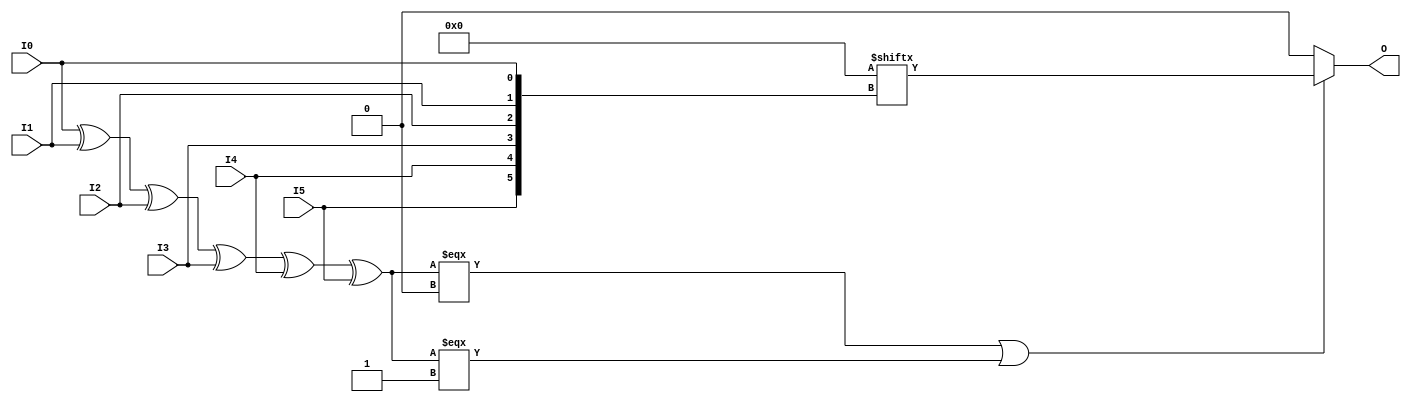
///////////////////////////////////////////////////////////////////////////////
// Copyright (c) 1995/2016 Xilinx, Inc.
// All Right Reserved.
///////////////////////////////////////////////////////////////////////////////
//   ____  ____
//  /   /\/   /
// /___/  \  /    Vendor      : Xilinx
// \   \   \/     Version     : 2017.1
//  \   \         Description : Xilinx Unified Simulation Library Component
//  /   /                  6-Bit Look-Up Table
// /___/   /\     Filename : LUT6.v
// \   \  /  \
//  \___\/\___\
//
///////////////////////////////////////////////////////////////////////////////
//  Revision:
//    03/23/04 - Initial version.
//    02/04/05 - Replace primitive with function; Remove buf.
//    01/07/06 - 222733 - Add LOC Parameter
//    06/04/07 - Add wire declaration to internal signal.
//    12/13/11 - 524859 - Added `celldefine and `endcelldefine
//    09/12/16 - ANSI ports, speed improvements
//  End Revision:
///////////////////////////////////////////////////////////////////////////////

`timescale 1 ps/1 ps

`celldefine

module LUT6 #(
`ifdef XIL_TIMING
  parameter LOC = "UNPLACED",
`endif
  parameter [63:0] INIT = 64'h0000000000000000
)(
  output O,

  input I0,
  input I1,
  input I2,
  input I3,
  input I4,
  input I5
);

// define constants
  localparam MODULE_NAME = "LUT6";

  reg trig_attr = 1'b0;
// include dynamic registers - XILINX test only
`ifdef XIL_DR
  `include "LUT6_dr.v"
`else
  reg [63:0] INIT_REG = INIT;
`endif

// begin behavioral model

  reg O_out;

  assign O = O_out;

  function lut_mux8_f;
  input [7:0] d;
  input [2:0] s;
  begin
    if (((s[2]^s[1]^s[0]) === 1'b1) || ((s[2]^s[1]^s[0]) === 1'b0))
      lut_mux8_f = d[s];
    else if ( ~(|d) || &d)
      lut_mux8_f = d[0];
    else if ((((s[1]^s[0]) === 1'b1) || ((s[1]^s[0]) === 1'b0)) &&
             (d[{1'b0,s[1:0]}] === d[{1'b1,s[1:0]}]))
      lut_mux8_f = d[{1'b0,s[1:0]}];
    else if ((((s[2]^s[0]) === 1'b1) || ((s[2]^s[0]) === 1'b0)) &&
             (d[{s[2],1'b0,s[0]}] === d[{s[2],1'b1,s[0]}]))
      lut_mux8_f = d[{s[2],1'b0,s[0]}];
    else if ((((s[2]^s[1]) === 1'b1) || ((s[2]^s[1]) === 1'b0)) &&
             (d[{s[2],s[1],1'b0}] === d[{s[2],s[1],1'b1}]))
      lut_mux8_f = d[{s[2:1],1'b0}];
    else if (((s[0] === 1'b1) || (s[0] === 1'b0)) &&
             (d[{1'b0,1'b0,s[0]}] === d[{1'b0,1'b1,s[0]}]) &&
             (d[{1'b0,1'b0,s[0]}] === d[{1'b1,1'b0,s[0]}]) &&
             (d[{1'b0,1'b0,s[0]}] === d[{1'b1,1'b1,s[0]}]))
      lut_mux8_f = d[{1'b0,1'b0,s[0]}];
    else if (((s[1] === 1'b1) || (s[1] === 1'b0)) &&
             (d[{1'b0,s[1],1'b0}] === d[{1'b0,s[1],1'b1}]) &&
             (d[{1'b0,s[1],1'b0}] === d[{1'b1,s[1],1'b0}]) &&
             (d[{1'b0,s[1],1'b0}] === d[{1'b1,s[1],1'b1}]))
      lut_mux8_f = d[{1'b0,s[1],1'b0}];
    else if (((s[2] === 1'b1) || (s[2] === 1'b0)) &&
             (d[{s[2],1'b0,1'b0}] === d[{s[2],1'b0,1'b1}]) &&
             (d[{s[2],1'b0,1'b0}] === d[{s[2],1'b1,1'b0}]) &&
             (d[{s[2],1'b0,1'b0}] === d[{s[2],1'b1,1'b1}]))
      lut_mux8_f = d[{s[2],1'b0,1'b0}];
    else
      lut_mux8_f = 1'bx;
  end
  endfunction

 always @(I0 or I1 or I2 or I3 or I4 or I5)  begin
   if ( (I0 ^ I1  ^ I2 ^ I3 ^ I4 ^ I5) === 1'b0 || (I0 ^ I1  ^ I2 ^ I3 ^ I4 ^ I5) === 1'b1)
     O_out = INIT_REG[{I5, I4, I3, I2, I1, I0}];
   else if ( ~(|INIT_REG) || &INIT_REG )
     O_out = INIT_REG[0];
   else
     O_out = lut_mux8_f ({lut_mux8_f (INIT_REG[63:56], {I2, I1, I0}),
                      lut_mux8_f (INIT_REG[55:48], {I2, I1, I0}),
                      lut_mux8_f (INIT_REG[47:40], {I2, I1, I0}),
                      lut_mux8_f (INIT_REG[39:32], {I2, I1, I0}),
                      lut_mux8_f (INIT_REG[31:24], {I2, I1, I0}),
                      lut_mux8_f (INIT_REG[23:16], {I2, I1, I0}),
                      lut_mux8_f ( INIT_REG[15:8], {I2, I1, I0}),
                      lut_mux8_f (  INIT_REG[7:0], {I2, I1, I0})}, {I5, I4, I3});
 end

// end behavioral model

`ifdef XIL_TIMING
  specify
	(I0 => O) = (0:0:0, 0:0:0);
	(I1 => O) = (0:0:0, 0:0:0);
	(I2 => O) = (0:0:0, 0:0:0);
	(I3 => O) = (0:0:0, 0:0:0);
	(I4 => O) = (0:0:0, 0:0:0);
	(I5 => O) = (0:0:0, 0:0:0);
	specparam PATHPULSE$ = 0;
  endspecify
`endif

endmodule

`endcelldefine